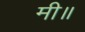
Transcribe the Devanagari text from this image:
मी॥